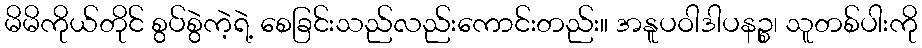
မိမိကိုယ်တိုင် စွပ်စွဲကဲ့ရဲ့ စေခြင်းသည်လည်းကောင်းတည်း။ အနူပဝါဒါပနဉ္စ၊ သူတစ်ပါးကို